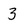
Character: 3